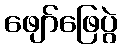
ဖျော်ဖြေပွဲ